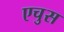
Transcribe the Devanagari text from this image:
एचुस